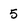
Character: 5